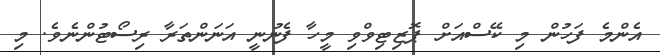
އެންމެ ފަހުން މި ކޭސްއަށް ޕޮޒިޓިވްވި މީހާ ފެނުނީ އަނަންތަރާ ރިސޯޓުންނެވެ. މި